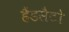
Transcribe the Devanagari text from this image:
हैंडसैटो